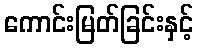
ကောင်းမြတ်ခြင်းနှင့်